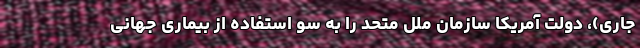
جاری)، دولت آمریکا سازمان ملل متحد را به سو استفاده از بیماری جهانی